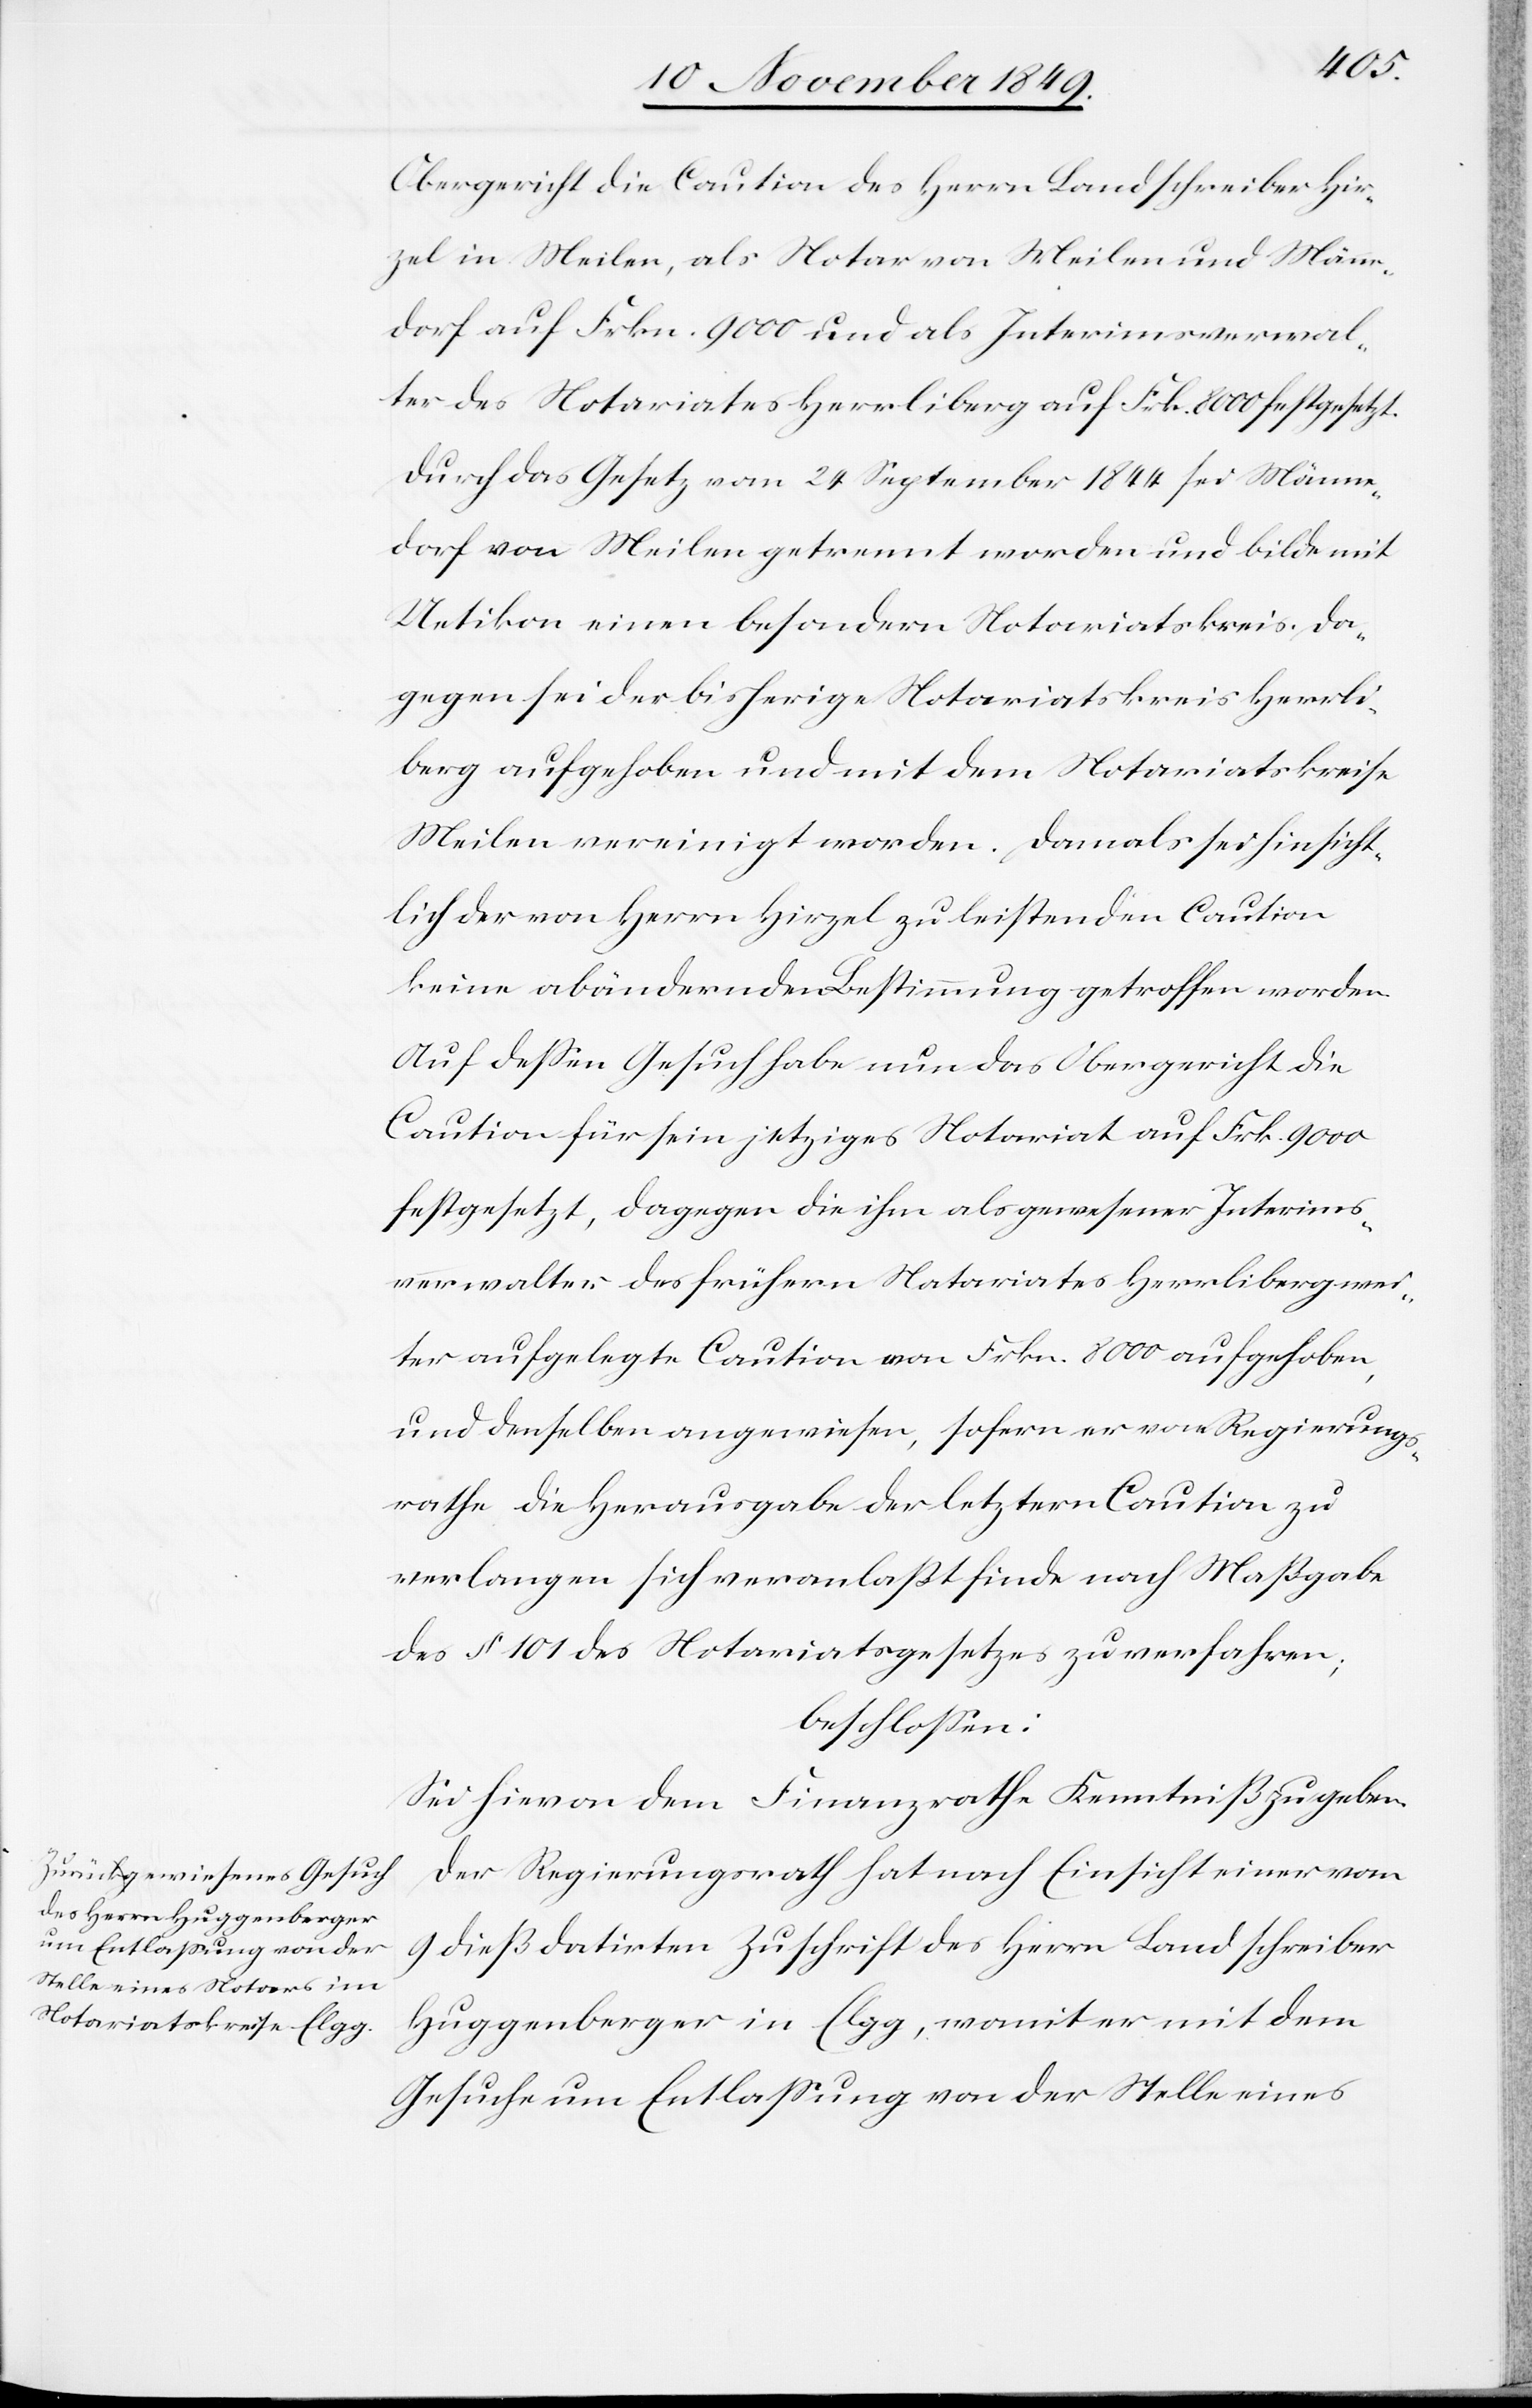
Obergericht die Caution des Herrn Landschreiber Hir¬
zel in Meilen, als Notar von Meilen und Männe¬
dorf auf Frkn. 9000 und als Interimsverwal¬
ter des Notariates Herrliberg auf Frk. 8000 festgesetzt.
Durch das Gesetz vom 24 September 1844 sei Männe¬
dorf von Meilen getrennt worden und bilde mit
Uetikon einen besondern Notariatskreis. Da¬
gegen sei der bisherige Notariatskreis Herrli¬
berg aufgehoben und mit dem Notariatskreise
Meilen vereinigt worden. Damals sei hinsicht¬
lich der von Herrn Hirzel zu leistenden Caution
keine abändernde Bestimmung getroffen worden.
Auf deßen Gesuch habe nun das Obergericht die
Caution für sein jetziges Notariate auf Frk. 9000
festgesetzt, dagegen die ihm als gewesener Interims¬
verwalter des frühern Notariates Herrliberg wei¬
ter aufgelegte Caution von Frkn. 8000 aufgehoben,
und denselben angewiesen, so fern er vom Regierungs¬
rathe die Herausgabe der letztern Caution zu
verlangen sich veranlaßt finde nach Maßgabe
des § 101 des Notariatsgesetzes zu verfahren;
beschloßen:
Sei hievon dem Finanzrathe Kenntniß zu geben.
Der Regierungsrath hat nach Einsicht einer vom
9 dieß datirten Zuschrift des Herrn Landschreiber
Huggenberger in Elgg, womit er mit dem
Gesuche um Entlaßung von der Stelle eines